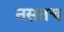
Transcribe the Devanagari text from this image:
नसतच